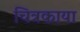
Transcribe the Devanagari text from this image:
चित्रकाया